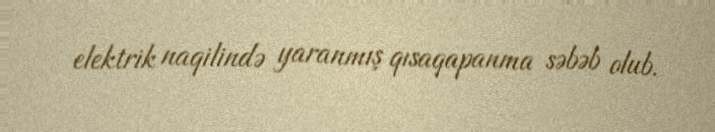
elektrik naqilində yaranmış qısaqapanma səbəb olub.